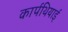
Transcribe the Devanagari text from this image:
कार्पथियाई